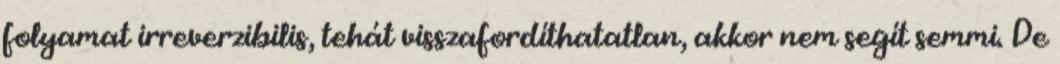
folyamat irreverzibilis, tehát visszafordíthatatlan, akkor nem segít semmi. De